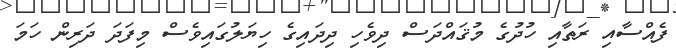
ފެއްސާއި ރަތާއި ހުދުގެ މުޤައްދަސް ދިވެހި ދިދައިގެ ހިޔަލުގައިވެސް މިފަދަ ދަރިން ހަމަ